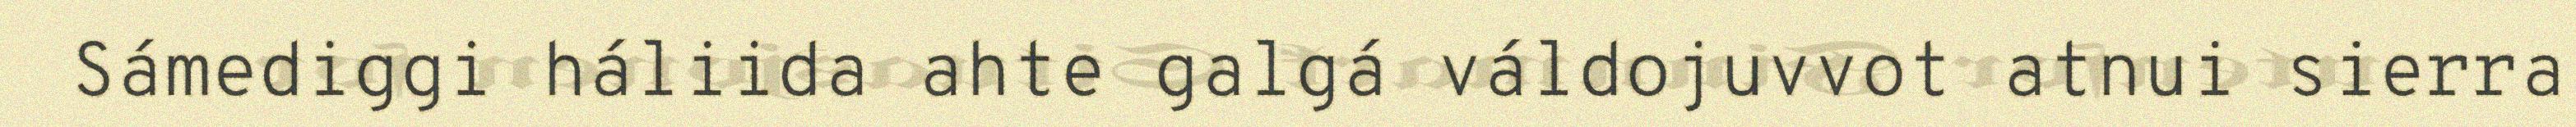
Sámediggi háliida ahte galgá váldojuvvot atnui sierra